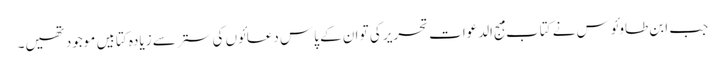
جب ابن طاوئوس نے کتاب مہج الدعوات تحریر کی تو ان کے پاس دعائوں کی ستر سے زیادہ کتابیں موجود تھیں۔